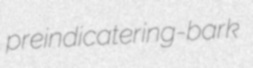
preindicate ring-bark